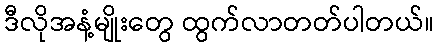
ဒီလိုအနံ့မျိုးတွေ ထွက်လာတတ်ပါတယ်။